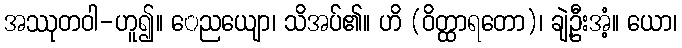
အဿုတဝါ-ဟူ၍။ ေညယျော၊ သိအပ်၏။ ဟိ (ဝိတ္ထာရတော)၊ ချဲ့ဦးအံ့။ ယော၊